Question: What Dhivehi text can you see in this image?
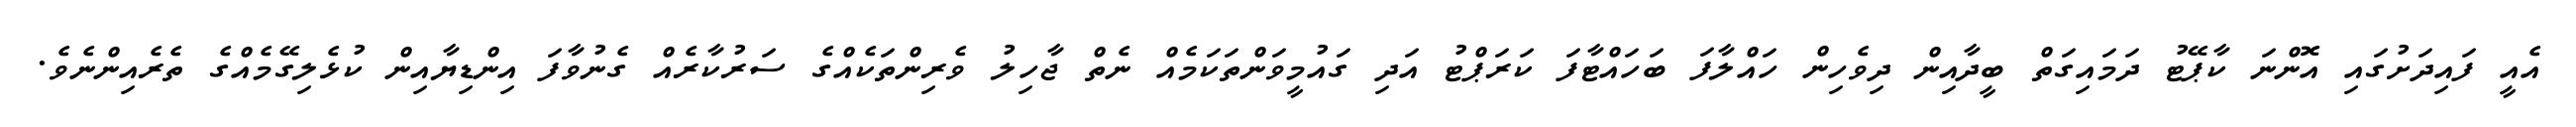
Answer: އެއީ ފައިދަށުގައި އޮންނަ ކާޕޭޓު ދަމައިގަތް ބީދާއިން ދިވެހިން ހައްލާފަ ބަހައްޓާފަ ކަރަޕްޓު އަދި ގައުމީވަންތަކަމެއް ނެތް ޖާހިލު ވެރިންތަކެއްގެ ސަރުކާރެއް ގެނުވާފަ އިންޑިޔާއިން ކުޅެލިގޭމެއްގެ ތެރެއިންނެވެ.